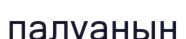
палуанын